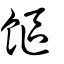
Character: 饇